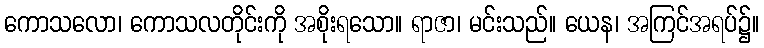
ကောသလော၊ ကောသလတိုင်းကို အစိုးရသော။ ရာဇာ၊ မင်းသည်။ ယေန၊ အကြင်အရပ်၌။